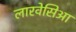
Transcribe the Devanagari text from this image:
लारवेसिआ